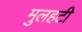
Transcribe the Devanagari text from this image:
मुलहटी